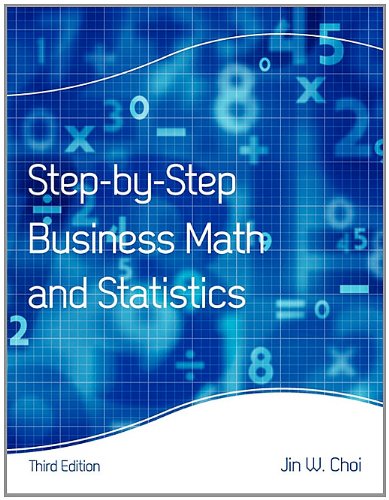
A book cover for Step-By-Step Business Math and Statistics; Jin W. Choi; Business & Money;